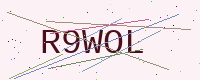
Text: R9WOL